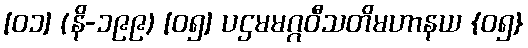
[၀၁] (နိ-၁၉၉) [၀၅] ပဌမမဂ္ဂဝီသတိမဟာနယ {၀၅}